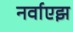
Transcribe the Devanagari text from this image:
नर्वाएझ